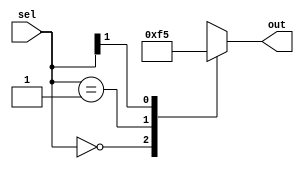
module multi_way_conditional (
    input [1:0] sel,
    output reg [3:0] out
);

always @(*)
begin
    casez(sel)
        2'b00: out = 4'b0000;
        2'b01: out = 4'b1111;
        2'b1?: out = 4'b0101;
        2'bz?: out = 4'bXXXX;
    endcase
end

endmodule